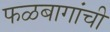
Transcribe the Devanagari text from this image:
फळबागांची